Civil Veterinary Department. United Provinces 1912-22 - 1912-1922
Year: 1912
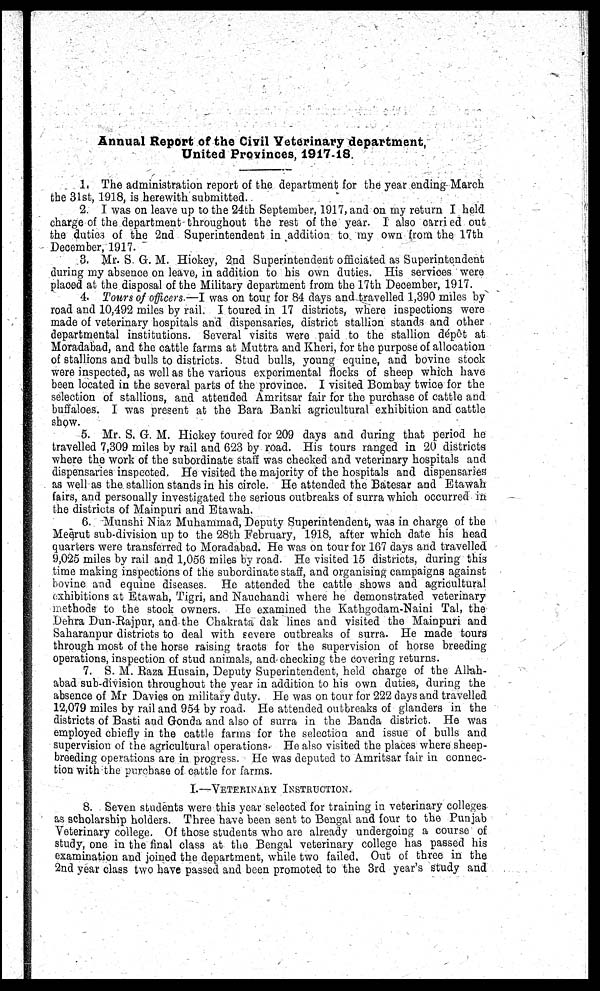
Annual Report of the Civil Veterinary department,
United Provinces, 1917-18.
1. The administration report of the department for the year ending March
the 31st, 1918, is herewith submitted.
2. I was on leave up to the 24th September, 1917, and on my return I held
charge of the department throughout the rest of the year. I also carried out
the duties of the 2nd Superintendent in addition to ray own from the 17th
December, 1917.
3. Mr. S. G. M. Hickey, 2nd Superintendent officiated as Superintendent
during my absence on leave, in addition to his own duties. His services were
placed at the disposal of the Military department from the 17th December, 1917.
4. Tours of officers.—I was on tour for 84 days and travelled 1,390 miles by
road and 10,492 miles by rail. I toured in 17 districts, where inspections were
made of veterinary hospitals and dispensaries, district stallion stands and other
departmental institutions. Several visits were paid to the stallion depot at
Moradabad, and the cattle farms at Muttra and Kheri, for the purpose of allocation
of stallions and bulls to districts. Stud bulls, young equine, and bovine stock
were inspected, as well as the various experimental flocks of sheep which have
been located in the several parts of the province. I visited Bombay twice for the
selection of stallions, and attended Amritsar fair for the purchase of cattle and
buffaloes. I was present at the Bara Banki agricultural exhibition and cattle
show.
5. Mr. S. G. M. Hickey toured for 209 days and during that period he
travelled 7,309 miles by rail and 623 by road. His tours ranged in 20 districts
where the work of the subordinate staff was checked and veterinary hospitals and
dispensaries inspected. He visited the majority of the hospitals and dispensaries
as well as the stallion stands in his circle. He attended the Batesar and Etawah
fairs, and personally investigated the serious outbreaks of surra which occurred in
the districts of Mainpuri and Etawah.
6. Munshi Niaz Muhammad, Deputy Superintendent, was in charge of the
Meerut sub-division up to the 28th February, 1918, after which date his head
quarters were transferred to Moradabad. He was on tour for 167 days and travelled
9,025 miles by rail and 1,056 miles by road. He visited 15 districts, during this
time making inspections of the subordinate staff, and organising campaigns against
bovine and equine diseases. He attended the cattle shows and agricultural
exhibitions at Etawah, Tigri, and Nauchandi where he demonstrated veterinary
methods to the stock owners. He examined the Kathgodam-Naini Tal, the
Dehra Dun-Rajpur, and the Chakrata dak lines and visited the Mainpuri and
Saharanpur districts to deal with severe outbreaks of surra. He made tours
through most of the horse raising tracts for the supervision of horse breeding-
operations, inspection of stud animals, and checking the covering returns.
7. S. M. Raza Husain, Deputy Superintendent, held charge of the Allah-
abad sub-division throughout the year in addition to his own duties, during the
absence of Mr Davies on military duty. He was on tour for 222 days and travelled
12,079 miles by rail and 954 by road. He attended outbreaks of glanders in the
districts of Basti and Gonda and also of surra in the Banda district. He was
employed chiefly in the cattle farms for the selection and issue of bulls and
supervision of the agricultural operations. He also visited the places where sheep-
breeding operations are in progress. He was deputed to Amritsar fair in connec-
tion with the purchase of cattle for farms.
I.—Veterinary Instruction.
8. Seven students were this year selected for training in veterinary colleges
as scholarship holders. Three have been sent to Bengal and four to the Punjab
Veterinary college. Of those students who are already undergoing a course of
study, one in the final class at the Bengal veterinary college has passed his
examination and joined the department, while two failed. Out of three in the
2nd year class two have passed and been promoted to the 3rd year's study and